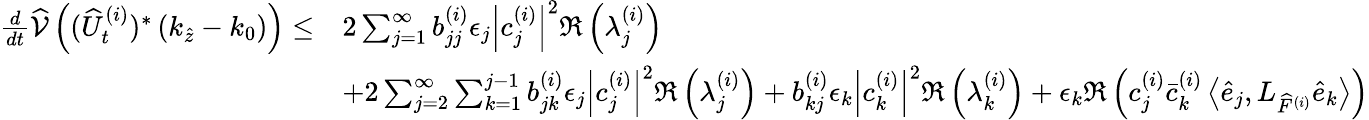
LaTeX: \begin{array}{rl}{\frac{d}{dt}\widehat{\mathcal{V}}\left((\widehat{U}_{t}^{(i)})^{*}\left(k_{\widehat{z}}-k_{0}\right)\right)\leq}&{2\sum_{j=1}^{\infty}b_{jj}^{(i)}\epsilon_{j}\left|c_{j}^{(i)}\right|^{2}\Re\left(\lambda_{j}^{(i)}\right)}\\ &{+2\sum_{j=2}^{\infty}\sum_{k=1}^{j-1}b_{jk}^{(i)}\epsilon_{j}\left|c_{j}^{(i)}\right|^{2}\Re\left(\lambda_{j}^{(i)}\right)+b_{kj}^{(i)}\epsilon_{k}\left|c_{k}^{(i)}\right|^{2}\Re\left(\lambda_{k}^{(i)}\right)+\epsilon_{k}\Re\left(c_{j}^{(i)}\bar{c}_{k}^{(i)}\left\langle\widehat{e}_{j},L_{\widehat{F}^{(i)}}\widehat{e}_{k}\right\rangle\right)}\end{array}